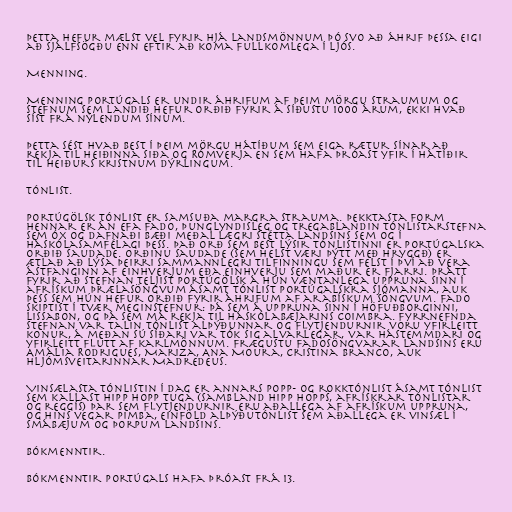
Þetta hefur mælst vel fyrir hjá landsmönnum þó svo að áhrif þessa eigi
að sjálfsögðu enn eftir að koma fullkomlega í ljós.

Menning.

Menning Portúgals er undir áhrifum af þeim mörgu straumum og
stefnum sem landið hefur orðið fyrir á síðustu 1000 árum, ekki hvað
síst frá nýlendum sínum.

Þetta sést hvað best í þeim mörgu hátíðum sem eiga rætur sínar að
rekja til heiðinna siða og Rómverja en sem hafa þróast yfir í hátíðir
til heiðurs kristnum dýrlingum.

Tónlist.

Portúgölsk tónlist er samsuða margra strauma. Þekktasta form
hennar er án efa Fado, þunglyndisleg og tregablandin tónlistarstefna
sem óx og dafnaði bæði meðal lægri stétta landsins sem og í
háskólasamfélagi þess. Það orð sem best lýsir tónlistinni er portúgalska
orðið saudade. Orðinu saudade (sem helst væri þýtt með hryggð) er
ætlað að lýsa þeirri sammannlegri tilfinningu sem felst í því að vera
ástfanginn af einhverjum eða einhverju sem maður er fjarri. Þrátt
fyrir að stefnan teljist portúgölsk á hún væntanlega uppruna sinn í
afrískum þrælasöngvum ásamt tónlist portúgalskra sjómanna, auk
þess sem hún hefur orðið fyrir áhrifum af arabískum söngvum. Fado
skiptist í tvær meginstefnur: Þá sem á uppruna sinn í höfuðborginni,
Lissabon, og þá sem má rekja til háskólabæjarins Coimbra. Fyrrnefnda
stefnan var talin tónlist alþýðunnar og flytjendurnir voru yfirleitt
konur, á meðan sú síðari var tók sig alvarlegar, var hástemmdari og
yfirleitt flutt af karlmönnum. Frægustu fadosöngvarar landsins eru
Amália Rodrigues, Mariza, Ana Moura, Cristina Branco, auk
hljómsveitarinnar Madredeus.

Vinsælasta tónlistin í dag er annars popp- og rokktónlist ásamt tónlist
sem kallast hipp hopp tuga (sambland hipp hopps, afrískrar tónlistar
og reggís) þar sem flytjendurnir eru aðallega af afrískum uppruna,
og hins vegar pimba, einföld alþýðutónlist sem aðallega er vinsæl í
smábæjum og þorpum landsins.

Bókmenntir.

Bókmenntir Portúgals hafa þróast frá 13.